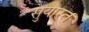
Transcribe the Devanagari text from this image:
सुयास्त